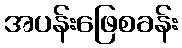
အပန်းဖြေစခန်း